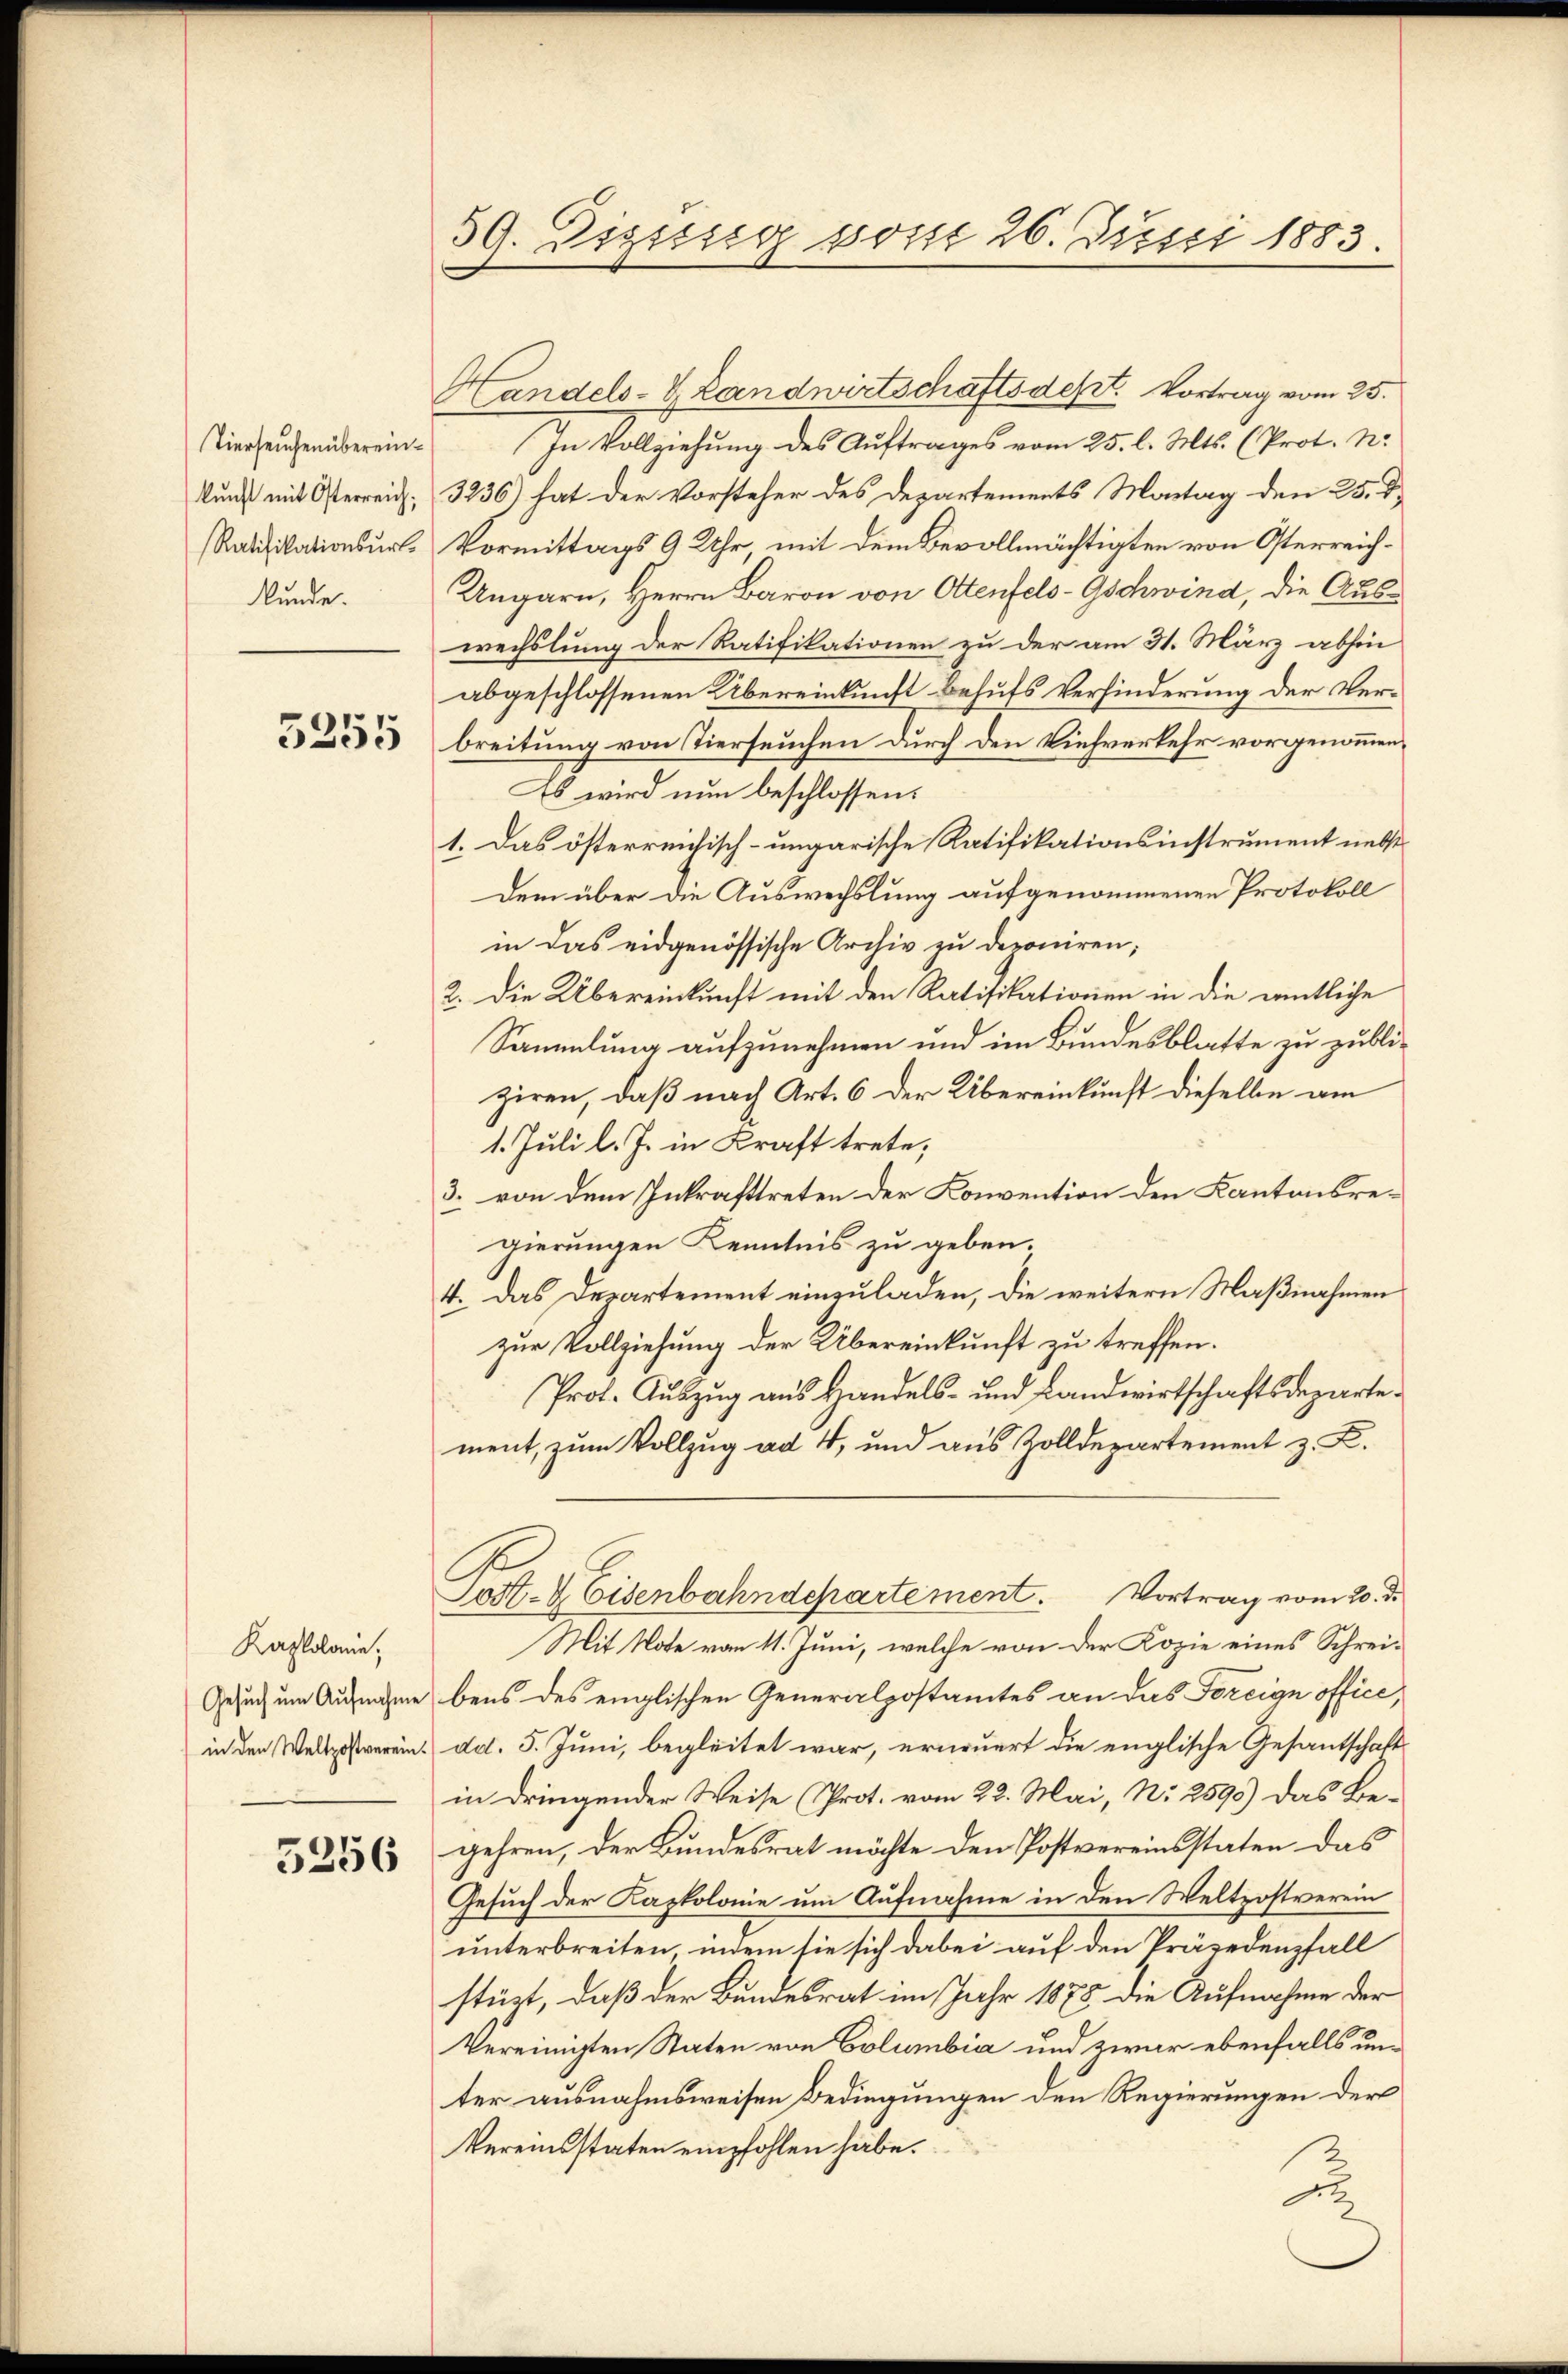
Tierseuchen übereinkunft mit Österreich;
Ratifikationsurl.
kunde.

3255

Kaplane,
in den Weltpostverein.

5256

59. Digsssig sonst 26. Justi 1883.

Handels- & Landwirtschaftsdest. Vortrag vom 25.
In Vollziehung des Auftrages vom 25. l. Mts. (Prot. N.
3236) hat der Vorsteher des Departements Montag den 25. d.
Vormittags 9 Uhr, mit dem Bevollmächtigten von Osterreich¬
Ungarn, Herrn Baron von Ottenfels-Gschwind, die Auswechslung der Ratifikationen zu der am 31. März abhin
abgeschlossenen Übereinkunft behufs Verhinderung der Verbreitung von Tierseuchen durch den Viehverkehr vorgenommen,
Es wird nun beschlossen:
1. Das österreichisch-ungarische Ratifikationsinstrument nebst
dem über die Auswechslung aufgenommenen Protokoll
in das eidgenössische Archiv zu deponiren;
2. Die Übereinkunft mit den Ratifikationen in die amtliche
Sammlung aufzunehmen und im Bundesblatte zu publiziren, daß nach Art. 6 der Übereinkunft dieselbe am
1. Juli l. J. in Kraft trete,
3. von dem Inkrafttreten der Konvention den Kantonsregierungen Kenntnis zu geben.
4. Das Departement einzuladen, die weitern Maßnahmen
zur Vollziehung der Übereinkunft zu treffen.
Prot. Auszug aus Handels- und Landwirtschaftsdepartement, zum Vollzug ad 4, und aus Zolldepartement z. B.
Post- & Eisenbahndepartement. Vortrag vom 20. d.
Mit Note vom 11. Juni, welche von der Kopie eines Schrei¬
Gesuch um Aufnahme beis des englischen Generalpostamtes an das Foreign office,
dd. 5. Juni, begleitet war, erneuert die englische Gesantschafts
in dringender Weise (Prot. vom 22. Mai, N. 2595) Das Be-
gehren, der Bundesrat möchte den Postvereinsstaten das
Gesuch der Kappolonie um Aufnahme in den Weltzostverein
unterbreiten, indem sie sich dabei auf den Präsedenfall
stüzt, daß der Bundesrat im Jahr 1875 die Aufnahme der
Vereinigten Staten von Columbia und zwar ebenfalls unter ausnahmsweisen Bedingungen den Regierungen der
Vereinsstaten empfohlen habe.